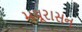
મયૂરાસન